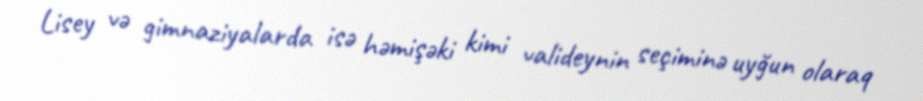
Lisey və gimnaziyalarda isə həmişəki kimi valideynin seçiminə uyğun olaraq